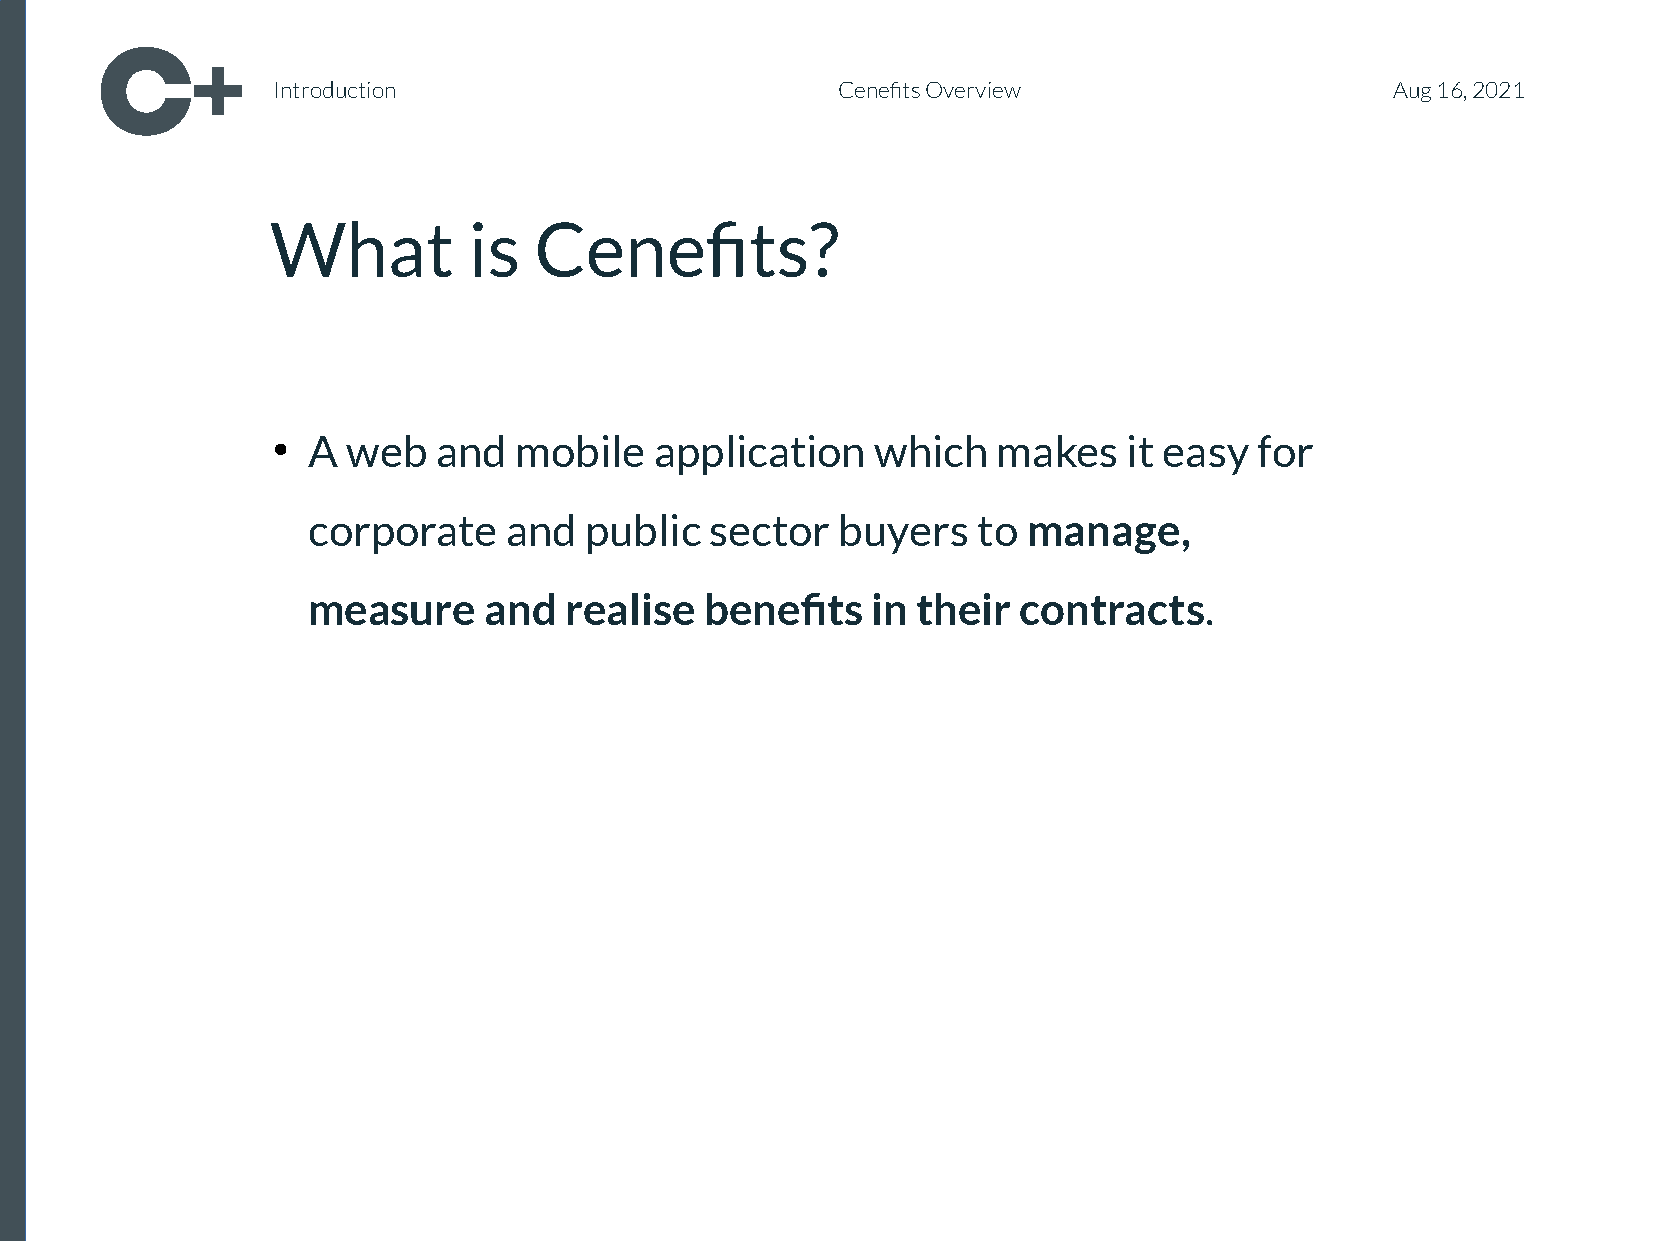
Introduction                         Cenefits Overview                    Aug 16, 2021
 What         is  Cenefits?
 A  web   and  mobile   application    which   makes    it easy for
 ●
 <cSoerpcortaitoe ann_d tpiutblleic _se1ct>or buyers to manage,
 measure     and  realise   benefits   in their  contracts.